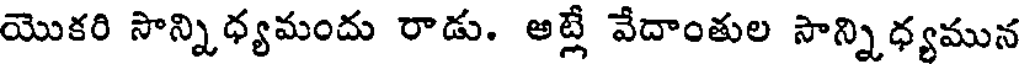
యొకరి సొన్నిధ్యమందు రాడు. అట్లే వేదాంతుల సాన్నిధ్యమున